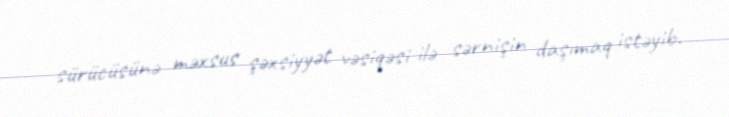
sürücüsünə məxsus şəxsiyyət vəsiqəsi ilə sərnişin daşımaq istəyib.